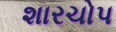
શારચોપ